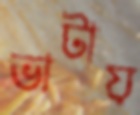
ভাটায়